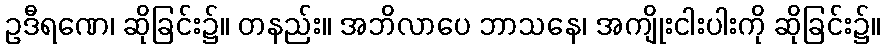
ဥဒီရဏေ၊ ဆိုခြင်း၌။ တနည်း။ အဘိလာပေ ဘာသနေ၊ အကျိုးငါးပါးကို ဆိုခြင်း၌။